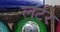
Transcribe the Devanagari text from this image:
लर्टर